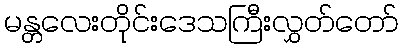
မန္တလေးတိုင်းဒေသကြီးလွှတ်တော်